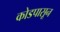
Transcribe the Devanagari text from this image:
कोडपासून